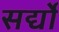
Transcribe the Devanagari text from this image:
सर्द्यों